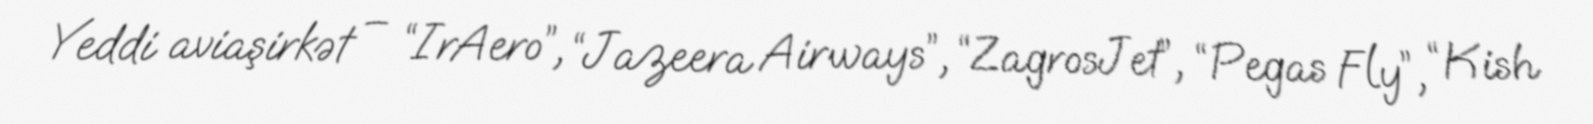
Yeddi aviaşirkət – “IrAero”, “Jazeera Airways”, “ZagrosJet”, “Pegas Fly”, “Kish